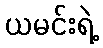
ယမင်းရဲ့